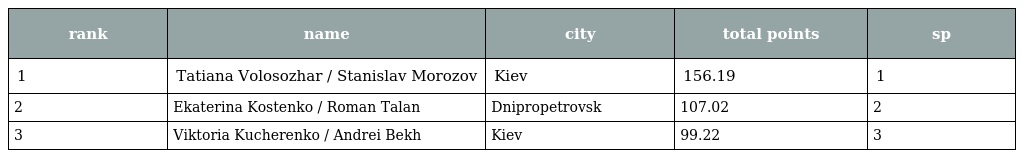
| rank | name | city | total points | sp |
 | --- | --- | --- | --- | --- |
 | 1 | Tatiana Volosozhar / Stanislav Morozov | Kiev | 156.19 | 1 |
 | 2 | Ekaterina Kostenko / Roman Talan | Dnipropetrovsk | 107.02 | 2 |
 | 3 | Viktoria Kucherenko / Andrei Bekh | Kiev | 99.22 | 3 |